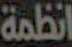
انظمة